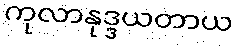
ကုလာနုဒ္ဒယတာယ